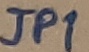
Text: JP1